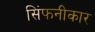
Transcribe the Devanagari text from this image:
सिंफनीकार